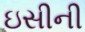
ઇસીની